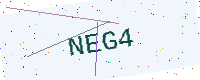
Text: NEG4